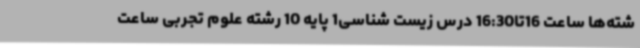
شته‌ها ساعت 16تا16:30 درس زیست شناسی1 پایه 10 رشته علوم تجربی ساعت